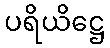
ပရိယိဋ္ဌေ